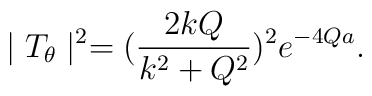
\mid T_{\theta}\mid^{2}=(\frac{2kQ}{k^{2}+Q^{2}})^{2} e^{-4Qa} .